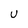
Character: U